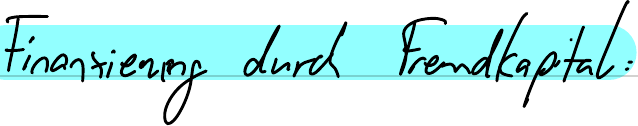
Finanzierung durch Fremdkapital: